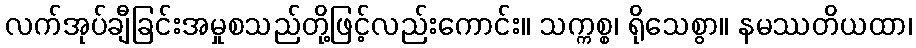
လက်အုပ်ချီခြင်းအမှုစသည်တို့ဖြင့်လည်းကောင်း။ သက္ကစ္စ၊ ရိုသေစွာ။ နမဿတိယထာ၊